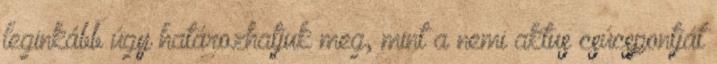
leginkább úgy határozhatjuk meg, mint a nemi aktus csúcspontját